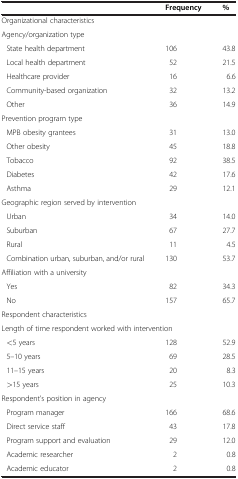
|  | Frequency | % |
 | --- | --- | --- |
 | <COLSPAN=3> Organizational characteristics |
 | <COLSPAN=3> Agency/organization type |
 | State health department | 106 | 43.8 |
 | Local health department | 52 | 21.5 |
 | Healthcare provider | 16 | 6.6 |
 | Community-based organization | 32 | 13.2 |
 | Other | 36 | 14.9 |
 | <COLSPAN=3> Prevention program type |
 | MPB obesity grantees | 31 | 13.0 |
 | Other obesity | 45 | 18.8 |
 | Tobacco | 92 | 38.5 |
 | Diabetes | 42 | 17.6 |
 | Asthma | 29 | 12.1 |
 | <COLSPAN=3> Geographic region served by intervention |
 | Urban | 34 | 14.0 |
 | Suburban | 67 | 27.7 |
 | Rural | 11 | 4.5 |
 | Combination urban, suburban, and/or rural | 130 | 53.7 |
 | <COLSPAN=3> Affiliation with a university |
 | Yes | 82 | 34.3 |
 | No | 157 | 65.7 |
 | <COLSPAN=3> Respondent characteristics |
 | <COLSPAN=3> Length of time respondent worked with intervention |
 | <5 years | 128 | 52.9 |
 | 5–10 years | 69 | 28.5 |
 | 11–15 years | 20 | 8.3 |
 | >15 years | 25 | 10.3 |
 | <COLSPAN=3> Respondent’s position in agency |
 | Program manager | 166 | 68.6 |
 | Direct service staff | 43 | 17.8 |
 | Program support and evaluation | 29 | 12.0 |
 | Academic researcher | 2 | 0.8 |
 | Academic educator | 2 | 0.8 |